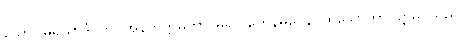
သော။ မရိယာဒံ၊ ကို။ အနတိက္ကမိတွာ၊ မူ၍။ တေနမဂ္ဂေန၊ ထိုသောတာပတ္တိမဂ်သည်။